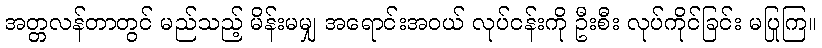
အတ္တလန်တာတွင် မည်သည့် မိန်းမမျှ အရောင်းအဝယ် လုပ်ငန်းကို ဦးစီး လုပ်ကိုင်ခြင်း မပြုကြ။